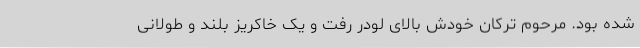
شده بود. مرحوم ترکان خودش بالای لودر رفت و یک خاکریز بلند و طولانی